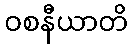
ဝစနီယာတိ